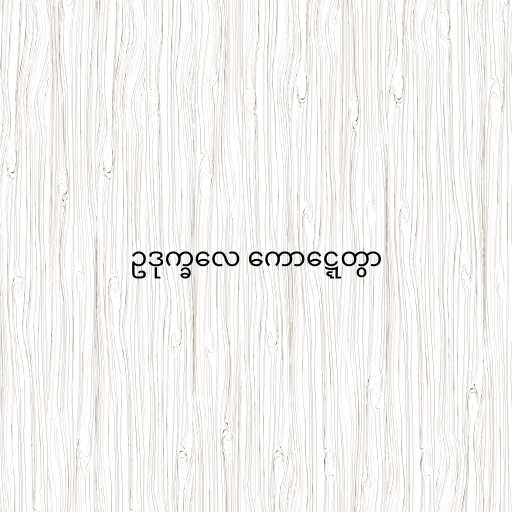
ဥဒုက္ခလေ ကောဋ္ဋေတွာ